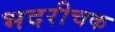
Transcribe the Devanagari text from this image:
भदरीचक